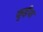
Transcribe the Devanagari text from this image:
कुईंया